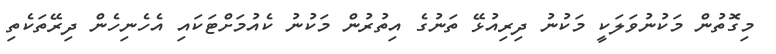
މިގޮތުން މަކުނުވަލަކީ މަކުނު ދިރިއުޅޭ ތަނުގެ އިތުރުން މަކުނު ކެއުމަށްޓަކައި އެހެނިހެން ދިރޭތަކެތި